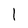
Character: l